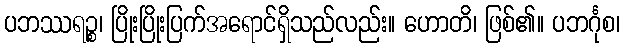
ပဘဿရဉ္စ၊ ပြိုးပြိုးပြက်အရောင်ရှိသည်လည်း။ ဟောတိ၊ ဖြစ်၏။ ပဘင်္ဂုစ၊